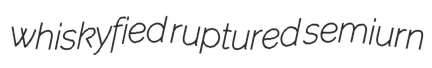
whiskyfied ruptured semiurn